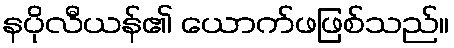
နပိုလီယန်၏ ယောက်ဖဖြစ်သည်။